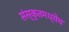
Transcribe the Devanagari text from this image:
संस्कृतमध्येच